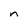
Character: n